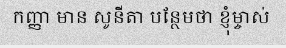
កញ្ញា មាន សូនីតា បន្ថែមថា ខ្ញុំម្ចាស់